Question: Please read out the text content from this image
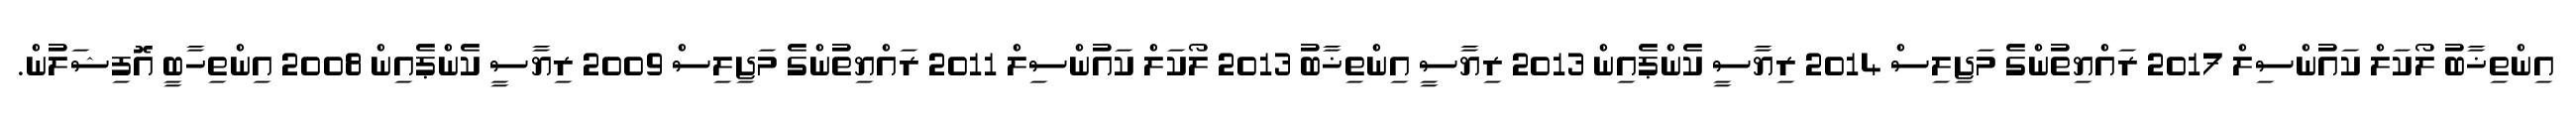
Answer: އިންތިޚާބު ލޯކަލް ކައުންސިލް 2017 ރައްޔިތުންގެ މަޖިލިސް 2014 ރިޔާސީ ކެންޕެއިން 2013 ރިޔާސީ އިންތިޚާބު 2013 ލޯކަލް ކައުންސިލް 2011 ރައްޔިތުންގެ މަޖިލިސް 2009 ރިޔާސީ ކެންޕެއިން 2008 އިންތިހާބީ އޮފިޝަލުން.